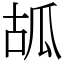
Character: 㼋